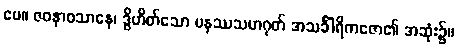
ပေ။ ဇဝနာဝသာနေ၊ ဒွိဟိတ်သော မနဿသဟဂုတ် အသင်္ခါရိကဇော၏ အဆုံး၌။